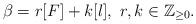
LaTeX: \begin{align*}\beta=r[F]+k[l], \ r, k \in \mathbb{Z}_{\ge 0}.\end{align*}